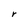
Character: r